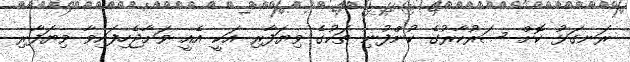
ރަނގަޅު ކޮށް ސަރުކާރުގެ ކުންފުނި ތަކުގެ ވިޔަފާރި އަކީ އެއީ ވަށާޖެހިފައިވާ ވިޔަފާރި